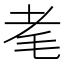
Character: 𦒷